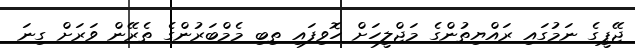
ޖޭޕީގެ ނަމުގައި ރައްޔިތުންގެ މަޖްލީހަށް ހޮވިފައި ތިބި މެމްބަރުންގެ ތެރޭން ވަރަށް ގިނަ